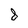
Character: 8